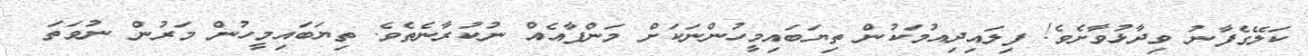
ކަލޭގެފާނު ވިދާޅުވާށެވެ! ފިލައިދިއުމަކުން ތިޔަބައިމީހުންނަކަށް މަންފާއެއް ނުކުރާނެތެވެ. ތިޔަބައިމީހުން މަރުން ނުވަތަ